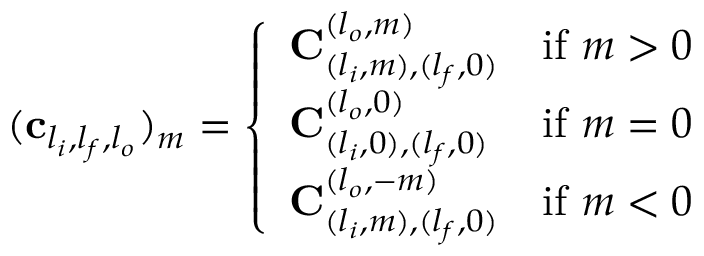
( \mathbf { c } _ { l _ { i } , l _ { f } , l _ { o } } ) _ { m } = \left\{ \begin{array} { l l } { \mathbf { C } _ { ( l _ { i } , m ) , ( l _ { f } , 0 ) } ^ { ( l _ { o } , m ) } } & { \mathrm { i f ~ } m > 0 } \\ { \mathbf { C } _ { ( l _ { i } , 0 ) , ( l _ { f } , 0 ) } ^ { ( l _ { o } , 0 ) } } & { \mathrm { i f ~ } m = 0 } \\ { \mathbf { C } _ { ( l _ { i } , m ) , ( l _ { f } , 0 ) } ^ { ( l _ { o } , - m ) } } & { \mathrm { i f ~ } m < 0 } \end{array} \right.